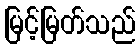
မြင့်မြတ်သည်